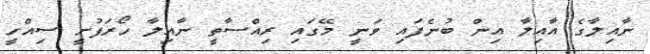
ނާއިލާގެ އާއިލާ އިން ބުނެފައި ވަނީ މޭގައި ރިއްސާތީ ނާއިލާ ހޯރަފުށީ ސިއްހީ